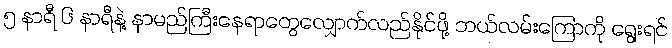
၅ နာရီ ၆ နာရီနဲ့ နာမည်ကြီးနေရာတွေလျှောက်လည်နိုင်ဖို့ ဘယ်လမ်းကြောကို ရွေးရင်